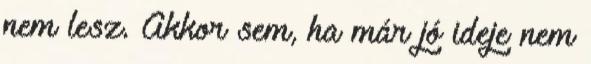
nem lesz. Akkor sem, ha már jó ideje nem